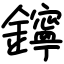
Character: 鑏